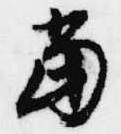
当